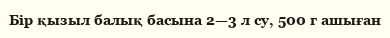
Бір қызыл балық басына 2—3 л су, 500 г ашыған